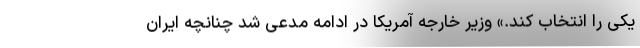
یکی را انتخاب کند.» وزیر خارجه آمریکا در ادامه مدعی شد چنانچه ایران